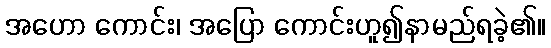
အဟော ကောင်း၊ အပြော ကောင်းဟူ၍နာမည်ရခဲ့၏။